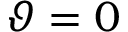
\vartheta = 0